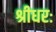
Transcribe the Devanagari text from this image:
श्रीधरः